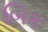
બિક